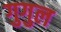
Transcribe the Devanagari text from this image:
गुगुल